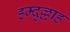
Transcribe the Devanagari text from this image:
हम्दुल्लाह